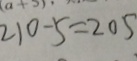
2 1 0 - 5 = 2 0 5